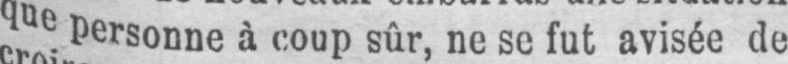
que personne à coup sûr, ne se fut avisée de